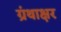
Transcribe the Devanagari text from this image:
ग्रंथाक्षर